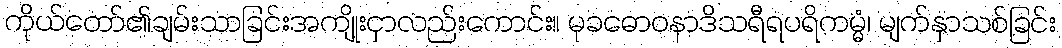
ကိုယ်တော်၏ချမ်းသာခြင်းအကျိုးငှာလည်းကောင်း။ မုခဓောဝနာဒိသရီရပရိကမ္မံ၊ မျက်နှာသစ်ခြင်း